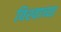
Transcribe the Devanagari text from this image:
विश्‍वाच्‍या